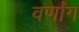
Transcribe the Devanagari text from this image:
वर्णांग